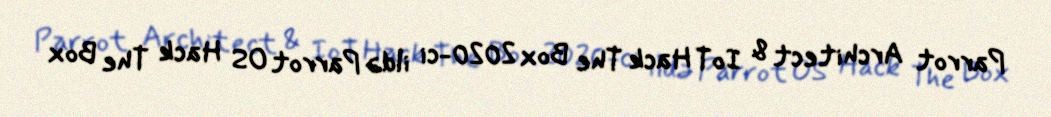
Parrot Architect & IoT Hack The Box 2020-ci ildə Parrot OS Hack The Box